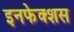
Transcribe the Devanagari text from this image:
इनफेक्शस